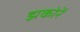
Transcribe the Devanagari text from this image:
झकोरें